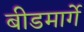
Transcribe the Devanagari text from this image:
बीडमार्गे